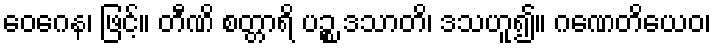
ဝေဂေန၊ ဖြင့်။ တီဏိ စတ္တာရိ ပဉ္စ ဒသာတိ၊ ဒသဟူ၍။ ဂဏေတိယေဝ၊